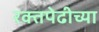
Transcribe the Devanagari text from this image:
रक्तपेढीच्या